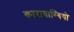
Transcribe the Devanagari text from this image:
कारावाग्गियो